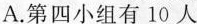
A.第四小组有10人